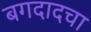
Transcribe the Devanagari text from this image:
बगदादचा